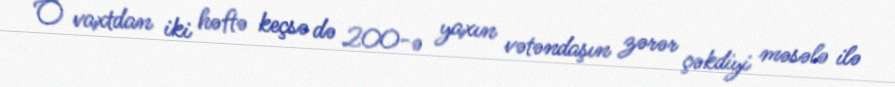
O vaxtdan iki həftə keçsə də 200-ə yaxın vətəndaşın zərər çəkdiyi məsələ ilə